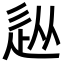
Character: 𨑢